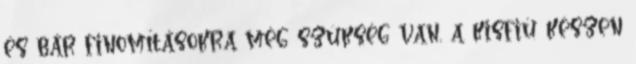
és bár finomításokra még szükség van, a kisfiú készen